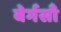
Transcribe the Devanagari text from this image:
बेर्गसाँ